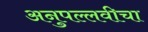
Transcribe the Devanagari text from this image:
अनुपल्लवीचा